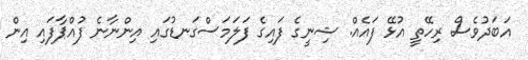
އަބަދުވެސް ރިހޭތީ އުޅޭ ފައެއް. ޝިނީގެ ފައިގެ ފަލަމަސްގަނޑުގައި އިންނާނެ ފުއްޕާފައި އިން